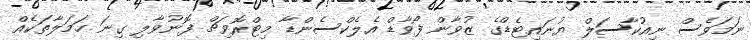
ނަމަވެސް ނިއުކާސަލް ޔުނައިޓެޑްގެ ޒުވާން ފޯވާޑް އެލެކްސެންޑާ މިޓްރޮވިޗް ފޮނުވާލި ގިނަ ހަމަލާތަކެއް